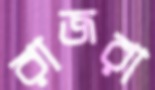
রাজরা